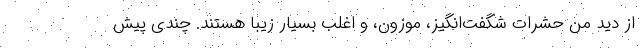
از دید من حشرات شگفت‌انگیز، موزون، و اغلب بسیار زیبا هستند. چندی پیش